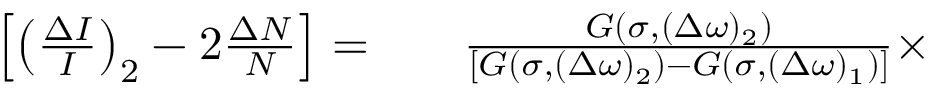
\begin{array} { r l r } { \left[ \left( \frac { \Delta I } { I } \right) _ { 2 } - 2 \frac { \Delta N } { N } \right] = } & { { } } & { \frac { G ( \sigma , ( \Delta \omega ) _ { 2 } ) } { [ G ( \sigma , ( \Delta \omega ) _ { 2 } ) - G ( \sigma , ( \Delta \omega ) _ { 1 } ) ] } \times } \end{array}